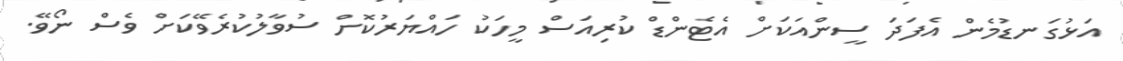
އަޅުގަނޑުމެން އެފަދަ ސީންއަކަށް އެޓެންޑް ކުރިއަސް މީހަކު ހައްޔަރުކޮށް ސުވާލުކުރެވޭކަށް ވެސް ނޯވޭ.